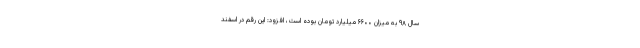
سال ۹۸ به میزان ۶۶۰۰ میلیارد تومان بوده است، افزود: این رقم در اسفند